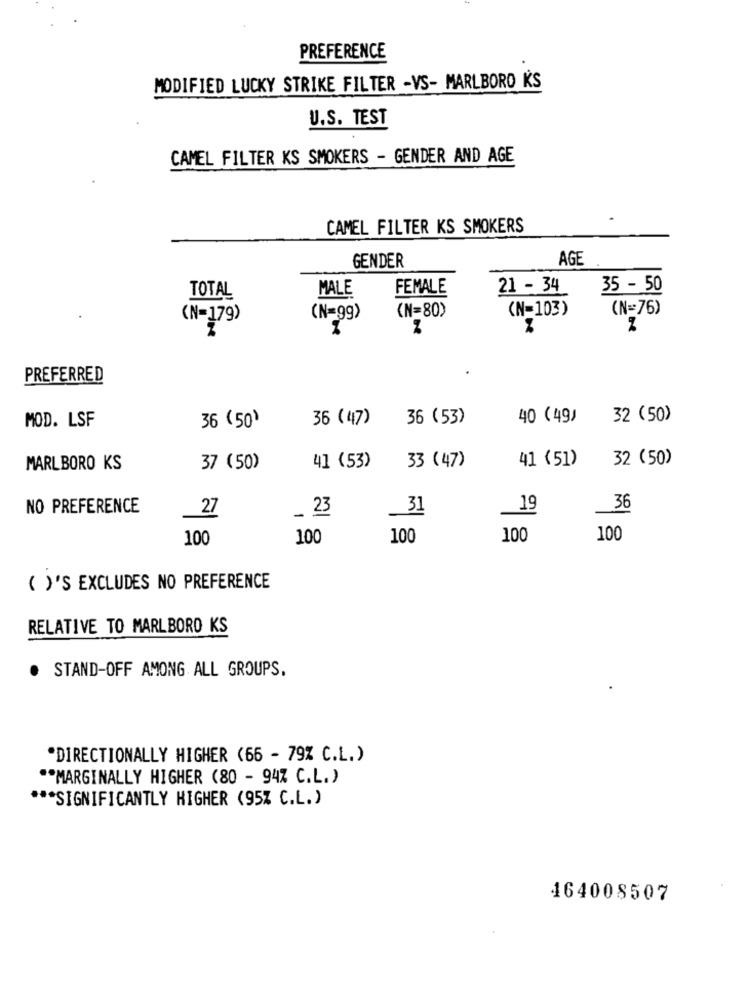
PREFERENCE
MODIFIED LUCKY STRIKE FILTER -VS- MARLBORO KS
U.S. TEST
CAMEL FILTER KS SMOKERS - GENDER AND AGE
CAMEL FILTER KS SMOKERS
AGE
GENDER
MALE
FEMALE
21 - 34
35 - 50
TOTAL
(N=80)
(N=103)
(N=76)
(N=179)
(N=99)
PREFERRED
36 ( 47 )
36 (53)
40 (49)
32 (50)
MOD. LSF
36 (50)
33 (47)
41 (51)
32 (50)
MARLBORO KS
37 (50)
41 (53)
NO PREFERENCE
27
_ 23
31
19
36
100
100
100
100
100
( )'S EXCLUDES NO PREFERENCE
RELATIVE TO MARLBORO KS
STAND-OFF AMONG ALL GROUPS.
.
"DIRECTIONALLY HIGHER (66 - 79% C.L.)
** MARGINALLY HIGHER (80 - 94% C.L.)
*** SIGNIFICANTLY HIGHER (95% C.L.)
464008507